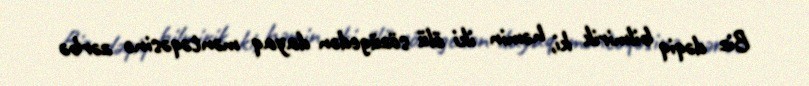
Biz dəqiq bilmirik ki, həmin iki ölü sözügedən dayaq məntəqəsinə zərbə